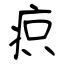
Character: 疻